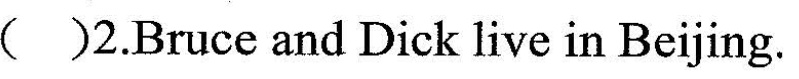
( )2.Bruce and Dick live in Beijing.